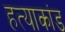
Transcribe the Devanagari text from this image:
हत्‍याकांड